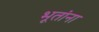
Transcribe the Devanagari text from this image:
भूतांना